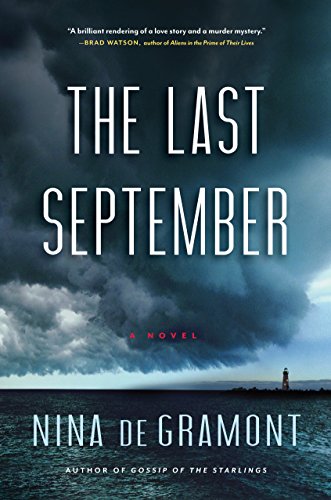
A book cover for The Last September; Nina de Gramont; Romance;